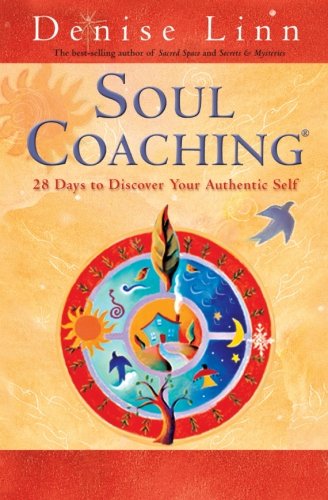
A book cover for Soul Coaching: 28 Days to Discover Your Authentic Self; Denise Linn; Health, Fitness & Dieting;